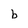
Character: b